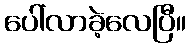
ပေါ်လာခဲ့လေပြီ။